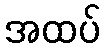
အထပ်